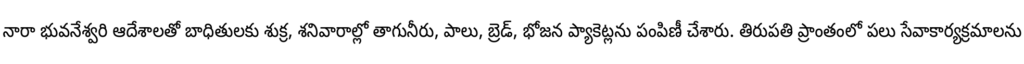
నారా భువనేశ్వరి ఆదేశాలతో బాధితులకు శుక్ర, శనివారాల్లో తాగునీరు, పాలు, బ్రెడ్, భోజన ప్యాకెట్లను పంపిణీ చేశారు. తిరుపతి ప్రాంతంలో పలు సేవాకార్యక్రమాలను